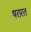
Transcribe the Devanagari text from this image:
षरारत